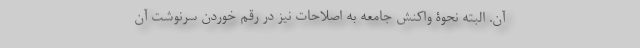
آن. البته نحوۀ واکنش جامعه به اصلاحات نیز در رقم خوردن سرنوشت آن